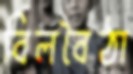
বিলবৈঠা